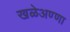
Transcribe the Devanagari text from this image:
खळेअण्णा